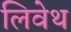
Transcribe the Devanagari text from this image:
लिवेथ